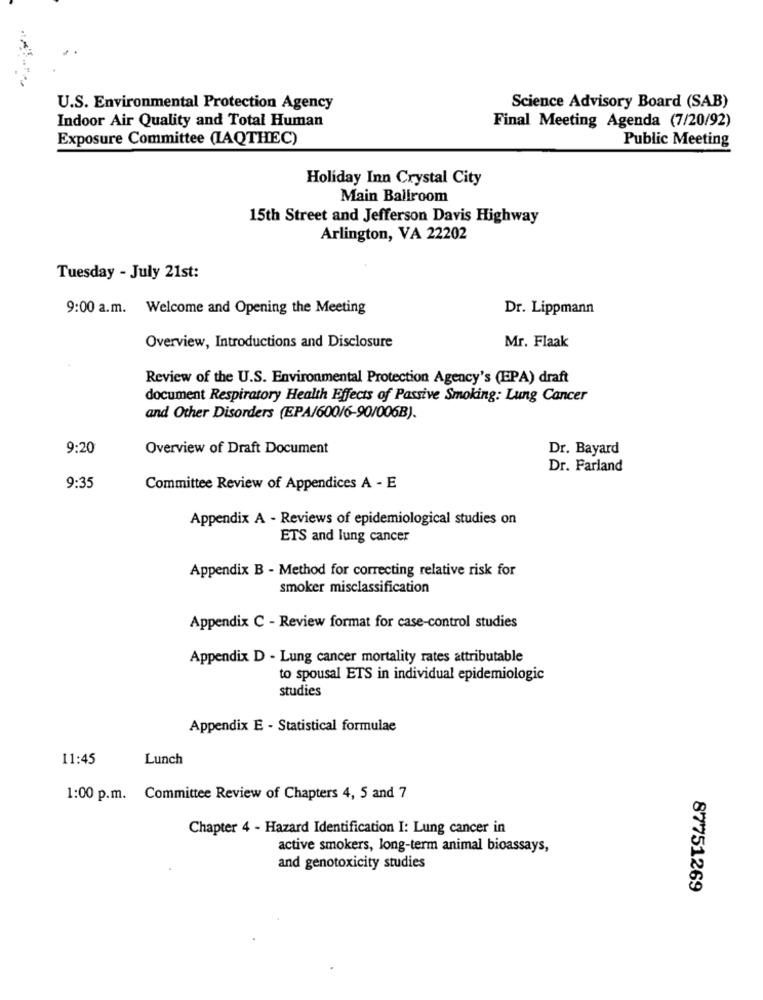
U.S. Environmental Protection Agency
Science Advisory Board (SAB)
Indoor Air Quality and Total Human
Final Meeting Agenda (7/20/92)
Exposure Committee (LAQTHEC)
Public Meeting
Holiday Inn Crystal City
Main Ballroom
15th Street and Jefferson Davis Highway
Arlington, VA 22202
Tuesday - July 21st:
9:00 a.m. Welcome and Opening the Meeting
Dr. Lippmann
Overview, Introductions and Disclosure
Mr. Flaak
Review of the U.S. Environmental Protection Agency's (EPA) draft
document Respiratory Health Effects of Passive Smoking: Lung Cancer
and Other Disorders (EPA/600/6-90/006B).
9:20
Overview of Draft Document
Dr. Bayard
Dr. Farland
9:35
Committee Review of Appendices A - E
Appendix A - Reviews of epidemiological studies on
ETS and lung cancer
Appendix B - Method for correcting relative risk for
smoker misclassification
Appendix C - Review format for case-control studies
Appendix D - Lung cancer mortality rates attributable
to spousal ETS in individual epidemiologic
studies
Appendix E - Statistical formulae
11:45
Lunch
1:00 p.m. Committee Review of Chapters 4, 5 and 7
Chapter 4 - Hazard Identification I: Lung cancer in
active smokers, long-term animal bioassays,
and genotoxicity studies
87751269